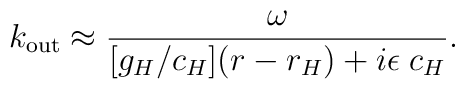
k_{\mathrm{out}} \approx {\omega \over [g_H/c_H] (r-r_H) + i \epsilon \; c_H}.